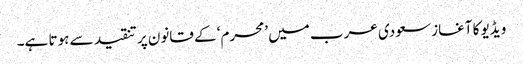
ویڈیو کا آغاز سعودی عرب میں ’محرم‘ کے قانون پر تنقید سے ہوتا ہے۔